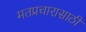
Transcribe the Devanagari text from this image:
मतप्रचारासाठी